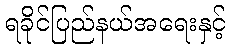
ရခိုင်ပြည်နယ်အရေးနှင့်